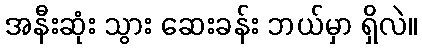
အနီးဆုံး သွား ဆေးခန်း ဘယ်မှာ ရှိလဲ။